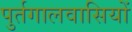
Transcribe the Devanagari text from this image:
पुर्तगालवासियों